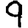
Digit: 9